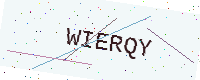
Text: WIERQY